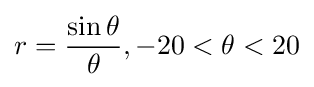
r={\frac {\sin \theta }{\theta }},-20<\theta <20